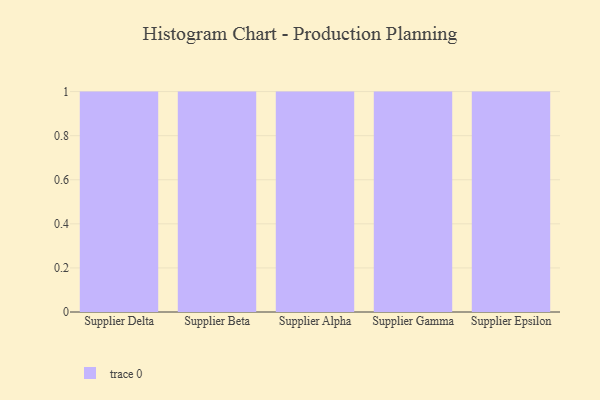
{"axis": {"x": "Supplier", "y": "Humidity (%)"}, "legend": [""], "data": [{"x": "Supplier Delta", "y": 83, "type": ""}, {"x": "Supplier Beta", "y": 98, "type": ""}, {"x": "Supplier Alpha", "y": 37, "type": ""}, {"x": "Supplier Gamma", "y": 86, "type": ""}, {"x": "Supplier Epsilon", "y": 20, "type": ""}]}